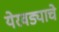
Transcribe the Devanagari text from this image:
येरवड्याचे